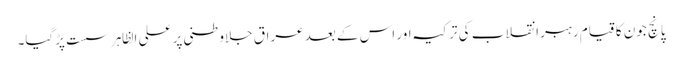
پانچ جون کا قیام رہبر انقلاب کی ترکیہ اور اس کے بعد عراق جلاوطنی پر علی الظاہر سست پڑگیا۔